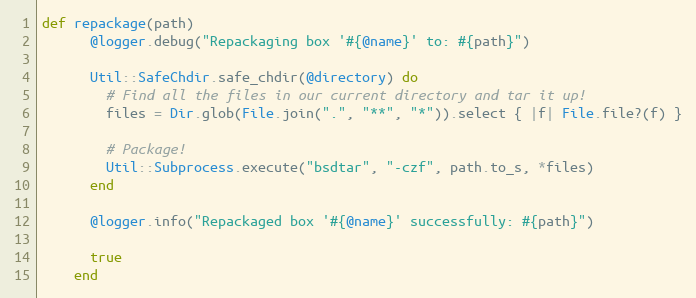
Language: Ruby
def repackage(path)
      @logger.debug("Repackaging box '#{@name}' to: #{path}")

      Util::SafeChdir.safe_chdir(@directory) do
        # Find all the files in our current directory and tar it up!
        files = Dir.glob(File.join(".", "**", "*")).select { |f| File.file?(f) }

        # Package!
        Util::Subprocess.execute("bsdtar", "-czf", path.to_s, *files)
      end

      @logger.info("Repackaged box '#{@name}' successfully: #{path}")

      true
    end